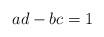
LaTeX: \begin{align*}ad - bc = 1 \end{align*}